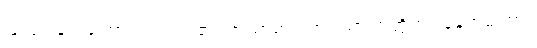
ပြုလုပ်ခြင်းကြောင့် ပညတ်၏၊ အသာဓာရဏ။ သာဏတ္တိက။ နေရာမကြား